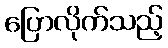
ပြောလိုက်သည့်